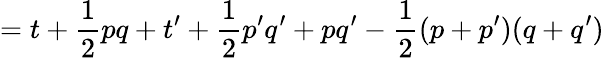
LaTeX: =t+{\frac{1}{2}}pq+t^{\prime}+{\frac{1}{2}}p^{\prime}q^{\prime}+pq^{\prime}-{\frac{1}{2}}(p+p^{\prime})(q+q^{\prime})